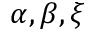
\alpha , \beta , \xi